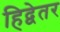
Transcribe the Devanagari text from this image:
हिद्वेतर